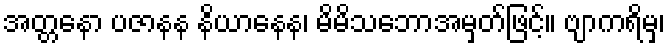
အတ္တနော ပဇာနန နိယာနေန၊ မိမိသဘောအမှတ်ဖြင့်။ ဗျာကရိမှ၊